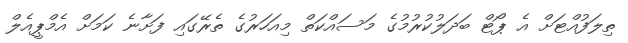
ތިލަފުއްޓަށް އެ ޕޯޓް ބަދަލުކުރުމުގެ މަސައްކަތް މިއަހަރުގެ ތެރޭގައި ފަށާނެ ކަމަށް އެމްޕީއެލް